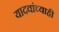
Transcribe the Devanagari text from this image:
यादवांच्याही